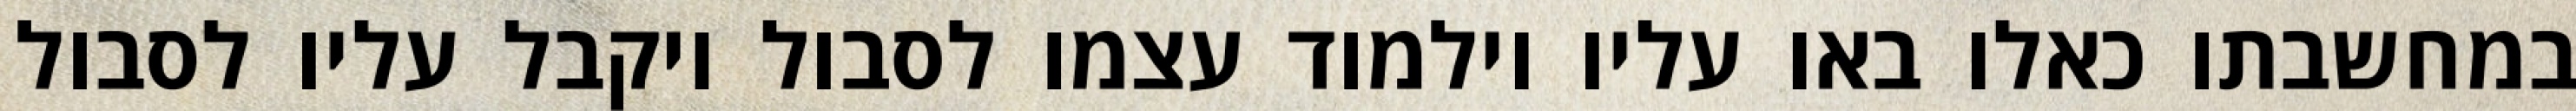
במחשבתו כאלו באו עליו וילמוד עצמו לסבול ויקבל עליו לסבול